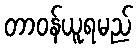
တာဝန်ယူရမည်